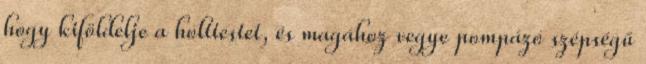
hogy kiföldelje a holttestet, és magához vegye pompázó szépségű